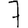
Digit: 7